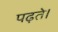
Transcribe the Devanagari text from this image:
पढ़ते।